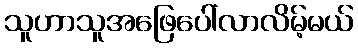
သူဟာသူအဖြေပေါ်လာလိမ့်မယ်